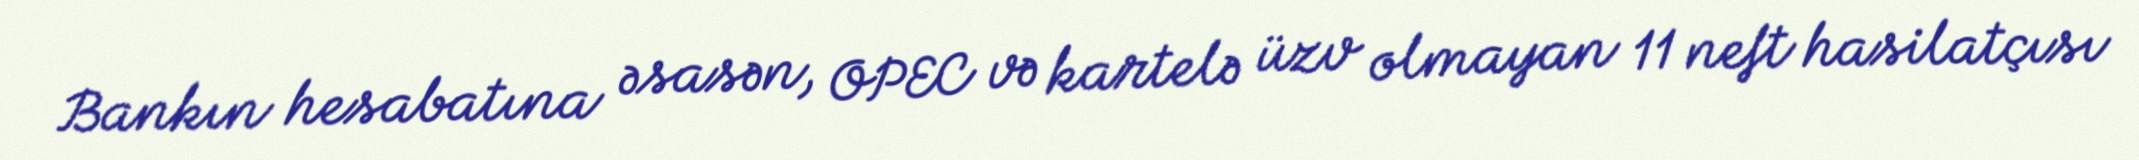
Bankın hesabatına əsasən, OPEC və kartelə üzv olmayan 11 neft hasilatçısı